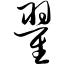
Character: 翟